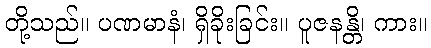
တို့သည်။ ပဏမာနံ၊ ရှိခိုးခြင်း။ ပူဇနန္တိ၊ ကား။